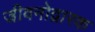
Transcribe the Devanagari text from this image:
जीवनोद्वारक